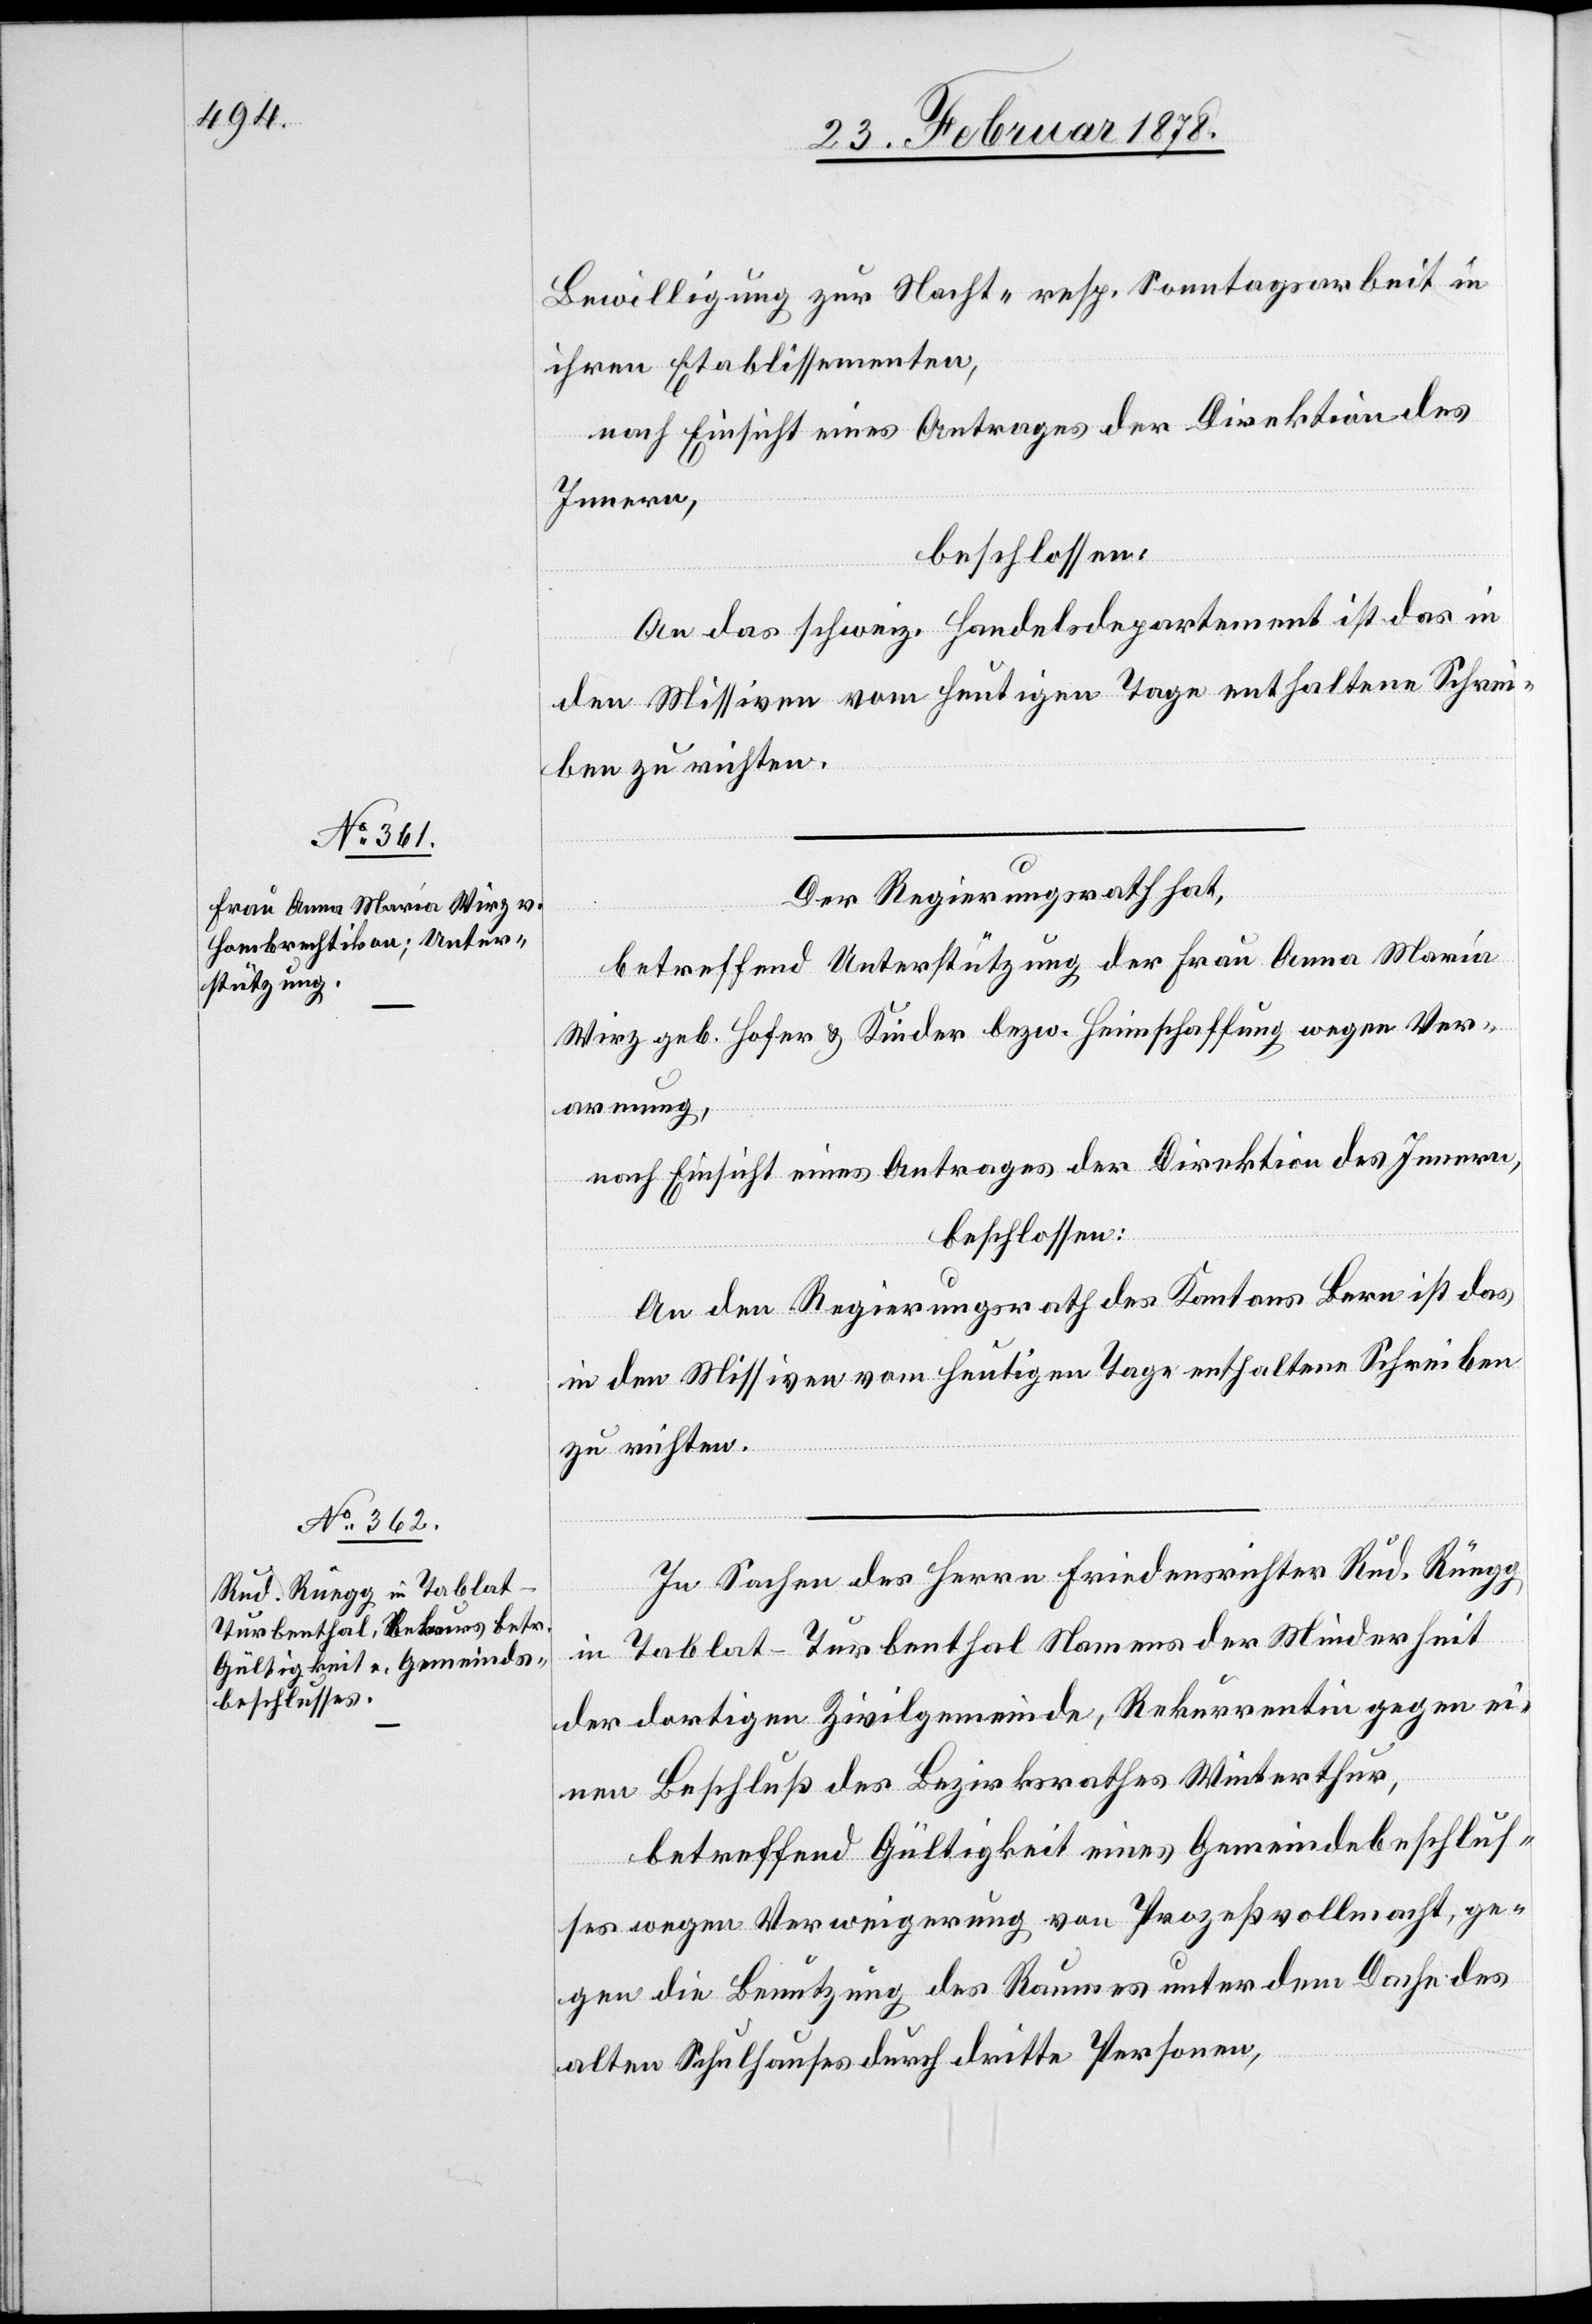
Bewilligung zur Nacht- resp. Sonntagsarbeit in
ihren Etablissementen,
nach Einsicht eines Antrages der Direktion des
Innern,
beschlossen:
An das schweiz. Handelsdepartement ist das in
den Missiven vom heutigen Tage enthaltene Schrei¬
ben zu richten.
Der Regierungsrath hat,
betreffend Unterstützung der Frau Anna Maria
Wirz geb. Hofer & Kinder bezw. Heimschaffung wegen Ver¬
armung,
nach Einsicht eines Antrages der Direktion des Innern,
beschlossen:
An den Regierungsrath des Kantons Bern ist das
in den Missiven vom heutigen Tage enthaltene Schreiben
zu richten.
In Sachen des Herrn Friedensrichter Rud. Rüegg
in Tablat - Turbenthal Namens der Minderheit
der dortigen Zivilgemeinde, Rekurrentin gegen ei¬
nen Beschluß des Bezirksrathes Winterthur,
betreffend Gültigkeit eines Gemeindebeschlus¬
ses wegen Verweigerung von Prozessvollmacht, ge¬
gen die Benutzung des Raumes unter dem Dache des
alten Schulhauses durch dritte Personen,